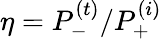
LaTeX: \eta=P_{-}^{(t)}/P_{+}^{(i)}